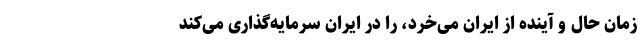
زمان حال و آینده از ایران می‌خرد، را در ایران سرمایه‌گذاری می‌کند